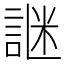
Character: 䛧